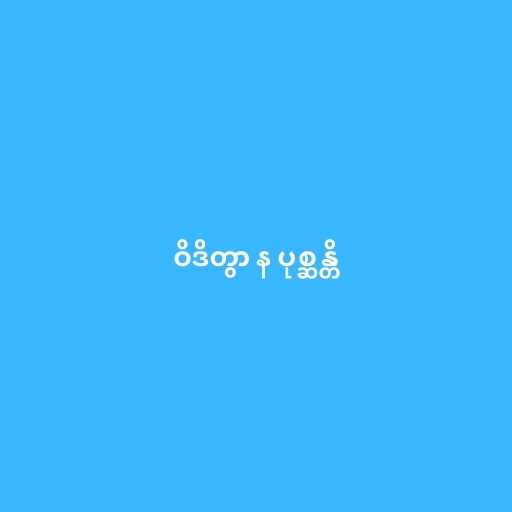
ဝိဒိတွာ န ပုစ္ဆန္တိ